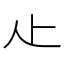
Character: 龰